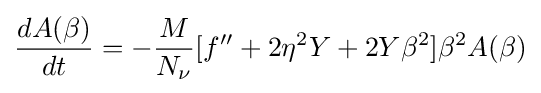
{\frac {dA(\beta )}{dt}}=-{\frac {M}{N_{\nu }}}[f''+2\eta ^{2}Y+2Y\beta ^{2}]\beta ^{2}A(\beta )